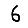
Digit: 6